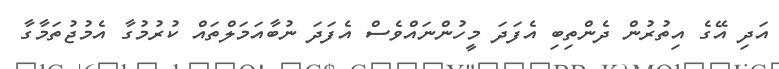
އަދި އޭގެ އިތުރުން ދެންތިބި އެފަދަ މީހުންނައްވެސް އެފަދަ ނުބާއަމަލްތައް ކުރުމުގާ އެމުޖުތަމާގާ